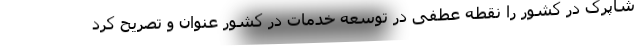
شاپرک در کشور را نقطه عطفی در توسعه خدمات در کشور عنوان و تصریح کرد